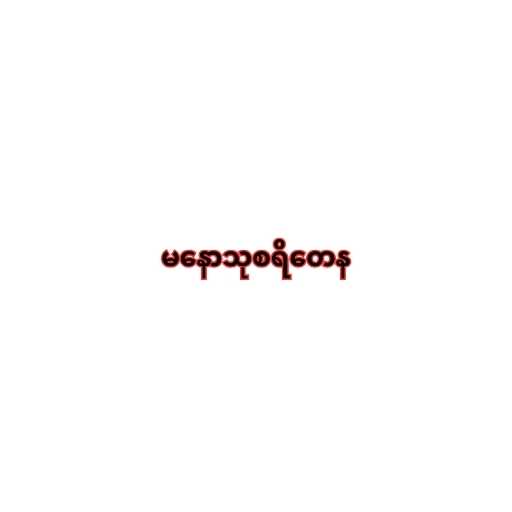
မနောသုစရိတေန